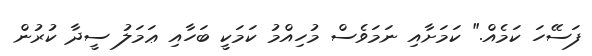
ފަސޭހަ ކަމެއް." ކަމަށާއި ނަމަވެސް މުހިއްމު ކަމަކީ ބަހާއި ޢަމަލު ސީދާ ކުރުން